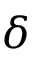
\boldsymbol { \delta }